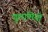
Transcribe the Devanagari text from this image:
गुलामियों